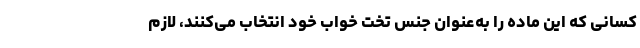
کسانی که این ماده را به‌عنوان جنس تخت خواب خود انتخاب می‌کنند، لازم